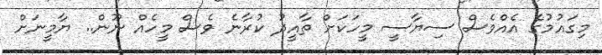
މިގައުމުގެ އެއްވެސް ސިޔާސީ މީހަކަށް ތާއީދު ކުރާނެ ވެސް މީހެއް ނޫން.. ޔާމީނަށް